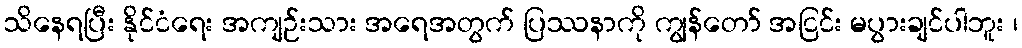
သိနေရပြီး နိုင်ငံရေး အကျဉ်းသား အရေအတွက် ပြဿနာကို ကျွန်တော် အငြင်း မပွားချင်ပါဘူး ၊